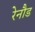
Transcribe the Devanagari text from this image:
रेनौड